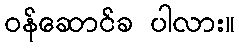
ဝန်ဆောင်ခ ပါလား။